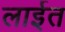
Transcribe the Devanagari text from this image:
लाईत